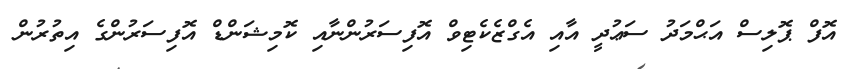
އޮފް ޕޮލިސް އަޙްމަދު ސަޢުދީ އާއި އެގްޒެކެޓިވް އޮފިސަރުންނާއި ކޮމިޝަންޑް އޮފިސަރުންގެ އިތުރުން